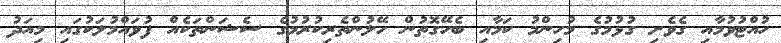
ހުއްޓުވުމާއި ގެވެށި ގުޅުމުގެ މުހިންމު ކަމާއި ބެހޭގޮތުން ހޭލުންތެރިކުރުމުގެ ސެޝަންތަކެއް ފުވައްމުލަކުގައި މިއަދު